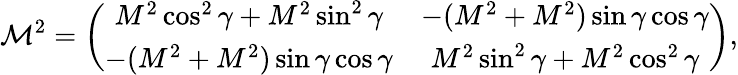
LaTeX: {\cal M}^{2}=\left(\begin{array}{cc}{{M^{2}\cos^{2}\gamma+M^{2}\sin^{2}\gamma}}&{{-(M^{2}+M^{2})\sin\gamma\cos\gamma}}\\ {{-(M^{2}+M^{2})\sin\gamma\cos\gamma}}&{{M^{2}\sin^{2}\gamma+M^{2}\cos^{2}\gamma}}\end{array}\right),